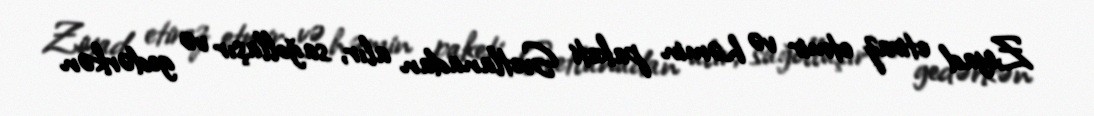
Ziyad etiraz etmir və həmin paketi Svetlanadan alır, sağollaşır və gedərkən